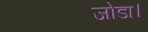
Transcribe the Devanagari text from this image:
जोडा।